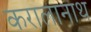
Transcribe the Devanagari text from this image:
करालानाथ